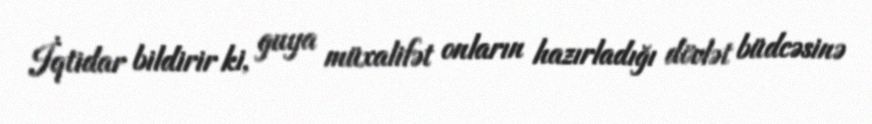
İqtidar bildirir ki, guya müxalifət onların hazırladığı dövlət büdcəsinə